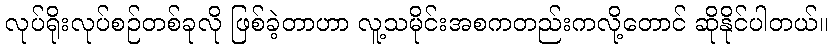
လုပ်ရိုးလုပ်စဉ်တစ်ခုလို ဖြစ်ခဲ့တာဟာ လူ့သမိုင်းအစကတည်းကလို့တောင် ဆိုနိုင်ပါတယ်။